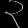
Digit: ၃